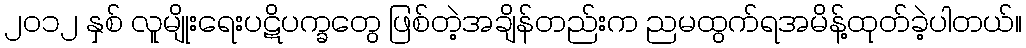
၂၀၁၂ နှစ် လူမျိုးရေးပဋိပက္ခတွေ ဖြစ်တဲ့အချိန်တည်းက ညမထွက်ရအမိန့်ထုတ်ခဲ့ပါတယ်။